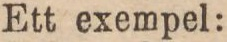
Ett exempel: